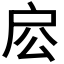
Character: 𢨱